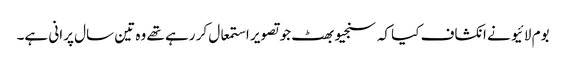
بوم لائیو نے انکشاف کیا کہ سنجیو بھٹ جو تصویر استمعال کر رہے تھے وہ تین سال پرانی ہے۔